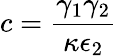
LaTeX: c=\frac{\gamma_{1}\gamma_{2}}{\kappa\epsilon_{2}}